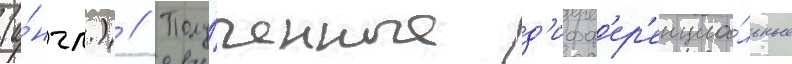
(а́нгл.) // Полу́ченные д'ифф'ер'енциа́льные